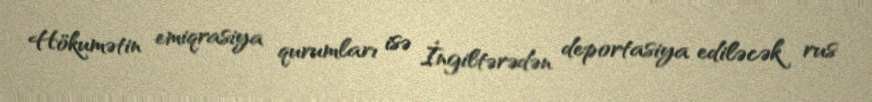
Hökumətin emiqrasiya qurumları isə İngiltərədən deportasiya ediləcək rus